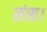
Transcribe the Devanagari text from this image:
संस।